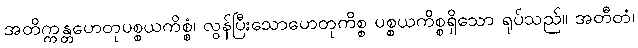
အတိက္ကန္တဟေတုပစ္စယကိစ္စံ၊ လွန်ပြီးသောဟေတုကိစ္စ ပစ္စယကိစ္စရှိသော ရုပ်သည်။ အတီတံ၊